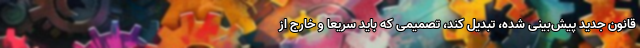
قانون جدید پیش‌بینی شده، تبدیل کند، تصمیمی که باید سریعا و خارج از